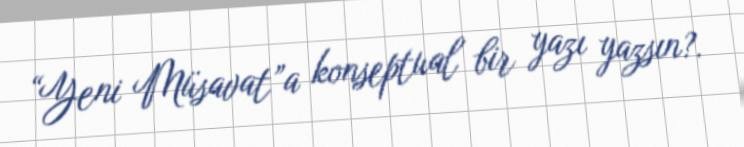
“Yeni Müsavat”a konseptual bir yazı yazsın?.